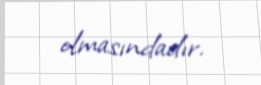
olmasındadır.